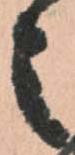
之